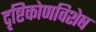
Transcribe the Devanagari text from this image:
दृष्टिकोणविशेष